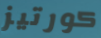
كورتيز